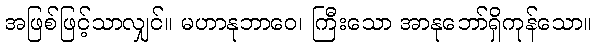
အဖြစ်ဖြင့်သာလျှင်။ မဟာနုဘာဝေ၊ ကြီးသော အာနုဘော်ရှိကုန်သော။